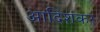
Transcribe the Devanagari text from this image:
आदिशंकर